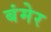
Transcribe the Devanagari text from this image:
बंमेर